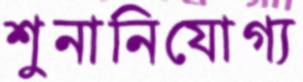
শুনানিযোগ্য